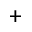
^ { + }